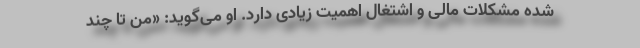
شده مشکلات مالی و اشتغال اهمیت زیادی دارد. او می‌گوید: «من تا چند